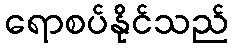
ရောစပ်နိုင်သည်